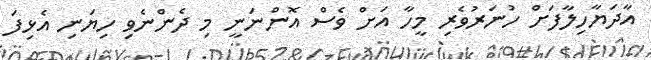
އާދަޔާހިލާފަށް ހުނަރުވެރި މީހާ އަށް ވެސް އޮންނަނީ މި ދެންނެވި ހިޔަނި އެޅިފަ